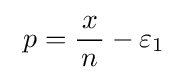
\ p={\frac {\!\ x\!\ }{n}}-\varepsilon _{1}\